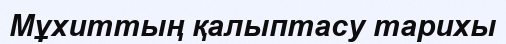
Мұхиттың қалыптасу тарихы